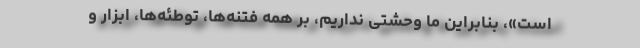
است»، بنابراین ما وحشتی نداریم، بر همه فتنه‌ها، توطئه‌ها، ابزار و